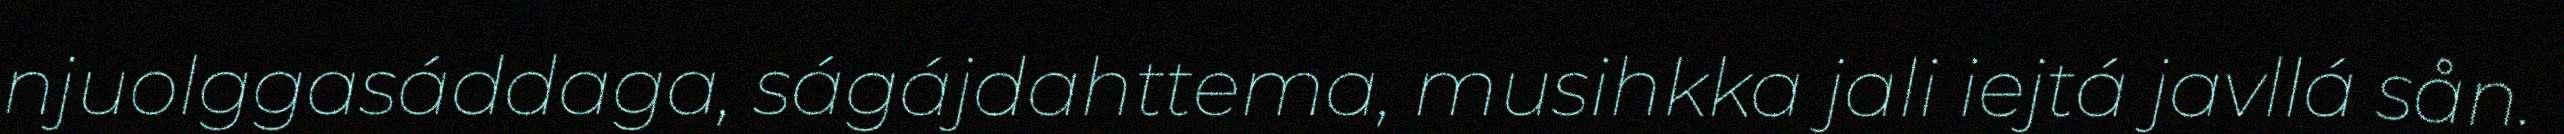
njuolggasáddaga, ságájdahttema, musihkka jali iejtá javllá sån.